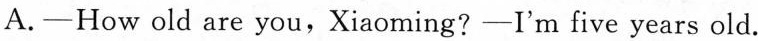
A.—How old are you,Xiaoming?—I'm five years old.